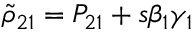
\tilde { \rho } _ { 2 1 } = P _ { 2 1 } + s \beta _ { 1 } \gamma _ { 1 }